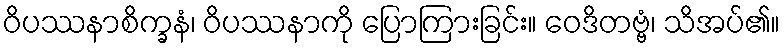
ဝိပဿနာစိက္ခနံ၊ ဝိပဿနာကို ပြောကြားခြင်း။ ဝေဒိတဗ္ဗံ၊ သိအပ်၏။